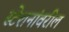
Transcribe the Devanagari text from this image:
स्टेशनांवरील